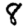
Digit: 8